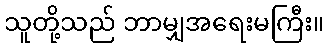
သူတို့သည် ဘာမျှအရေးမကြီး။